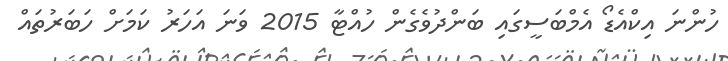
ހުންނަ އިކްއެެޑޯ އެމްބަސީގައި ބަންދުވެގެން ހުއްޓާ 2015 ވަނަ އަހަރު ކަމަށް ހަަބަރުތައް